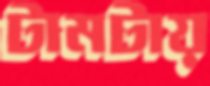
টামটায়